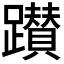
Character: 𨇃